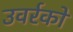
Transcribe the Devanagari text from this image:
उवर्रकों